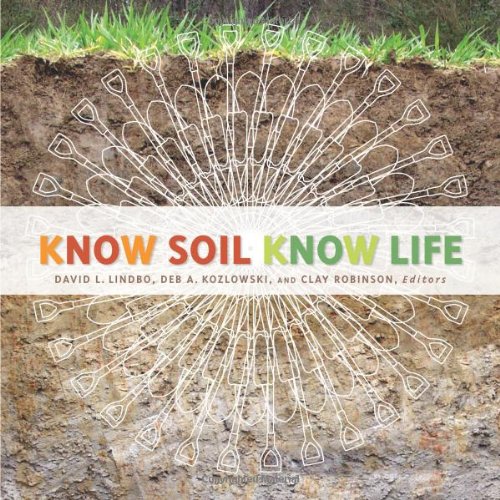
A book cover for Know Soil, Know Life; David L. Lindbo; Science & Math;